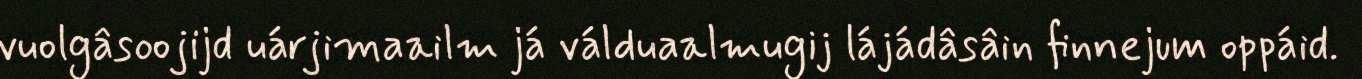
vuolgâsoojijd uárjimaailm já válduaalmugij lájádâsâin finnejum oppáid.